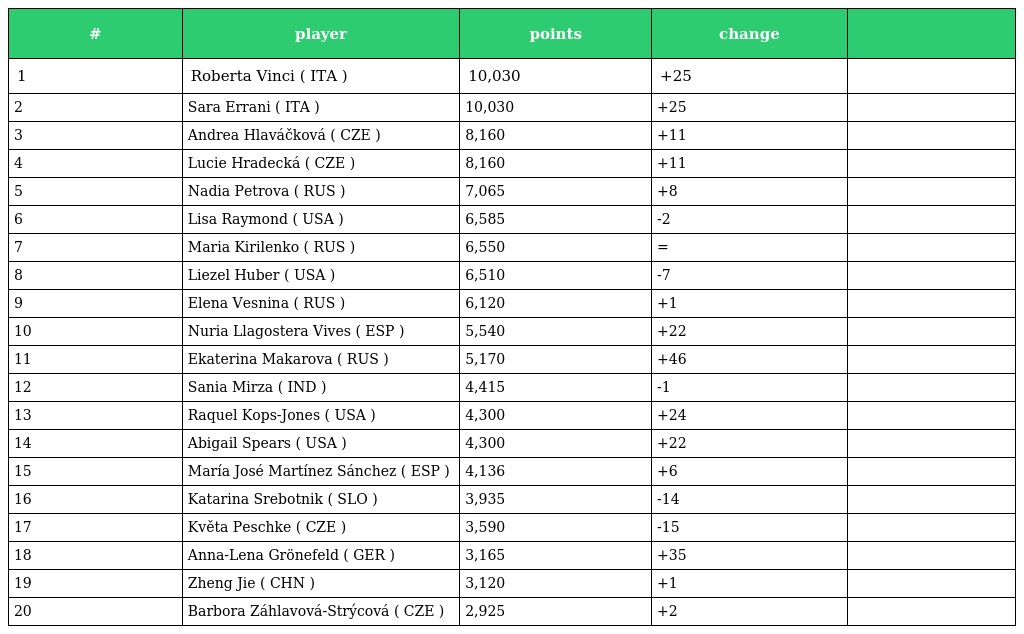
| # | player | points | change |  |
 | --- | --- | --- | --- | --- |
 | 1 | Roberta Vinci ( ITA ) | 10,030 | +25 |  |
 | 2 | Sara Errani ( ITA ) | 10,030 | +25 |  |
 | 3 | Andrea Hlaváčková ( CZE ) | 8,160 | +11 |  |
 | 4 | Lucie Hradecká ( CZE ) | 8,160 | +11 |  |
 | 5 | Nadia Petrova ( RUS ) | 7,065 | +8 |  |
 | 6 | Lisa Raymond ( USA ) | 6,585 | -2 |  |
 | 7 | Maria Kirilenko ( RUS ) | 6,550 | = |  |
 | 8 | Liezel Huber ( USA ) | 6,510 | -7 |  |
 | 9 | Elena Vesnina ( RUS ) | 6,120 | +1 |  |
 | 10 | Nuria Llagostera Vives ( ESP ) | 5,540 | +22 |  |
 | 11 | Ekaterina Makarova ( RUS ) | 5,170 | +46 |  |
 | 12 | Sania Mirza ( IND ) | 4,415 | -1 |  |
 | 13 | Raquel Kops-Jones ( USA ) | 4,300 | +24 |  |
 | 14 | Abigail Spears ( USA ) | 4,300 | +22 |  |
 | 15 | María José Martínez Sánchez ( ESP ) | 4,136 | +6 |  |
 | 16 | Katarina Srebotnik ( SLO ) | 3,935 | -14 |  |
 | 17 | Květa Peschke ( CZE ) | 3,590 | -15 |  |
 | 18 | Anna-Lena Grönefeld ( GER ) | 3,165 | +35 |  |
 | 19 | Zheng Jie ( CHN ) | 3,120 | +1 |  |
 | 20 | Barbora Záhlavová-Strýcová ( CZE ) | 2,925 | +2 |  |